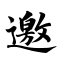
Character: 邀